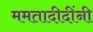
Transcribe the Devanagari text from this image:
ममतादीदींनी